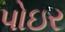
પોઇર